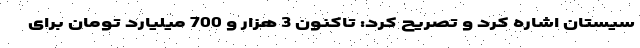
سیستان اشاره کرد و تصریح کرد: تاکنون 3 هزار و 700 میلیارد تومان برای